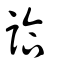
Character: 詥